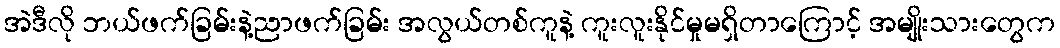
အဲဒီလို ဘယ်ဖက်ခြမ်းနဲ့ညာဖက်ခြမ်း အလွယ်တစ်ကူနဲ့ ကူးလူးနိုင်မှုမရှိတာကြောင့် အမျိုးသားတွေက